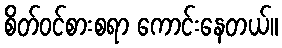
စိတ်ဝင်စားစရာ ကောင်းနေတယ်။